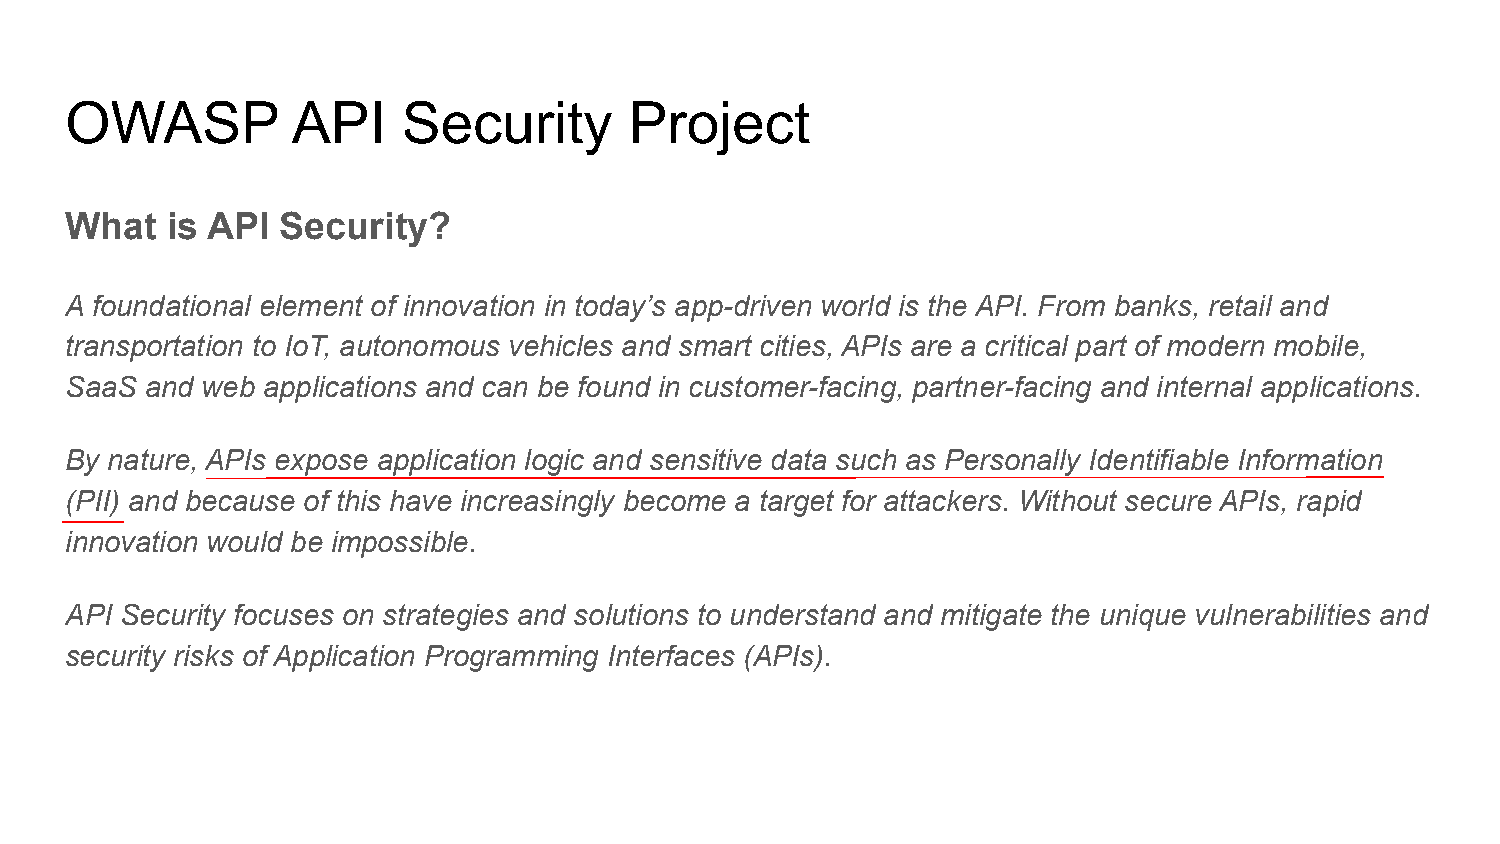
OWASP          API     Security       Project
 What   is API  Security?
 A foundational element of innovation in today’s app-driven world is the API. From banks, retail and
 transportation to IoT, autonomous vehicles and smart cities, APIs are a critical part of modern mobile,
 SaaS  and web applications and can be found in customer-facing, partner-facing and internal applications.
 By nature, APIs expose application logic and sensitive data such as Personally Identifiable Information
 (PII) and because of this have increasingly become a target for attackers. Without secure APIs, rapid
 innovation would be impossible.
 API Security focuses on strategies and solutions to understand and mitigate the unique vulnerabilities and
 security risks of Application Programming Interfaces (APIs).